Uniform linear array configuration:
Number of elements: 64
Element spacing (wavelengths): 0.75
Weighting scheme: exponential
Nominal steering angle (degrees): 15
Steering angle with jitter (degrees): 16.719
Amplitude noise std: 0.05
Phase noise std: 0.05

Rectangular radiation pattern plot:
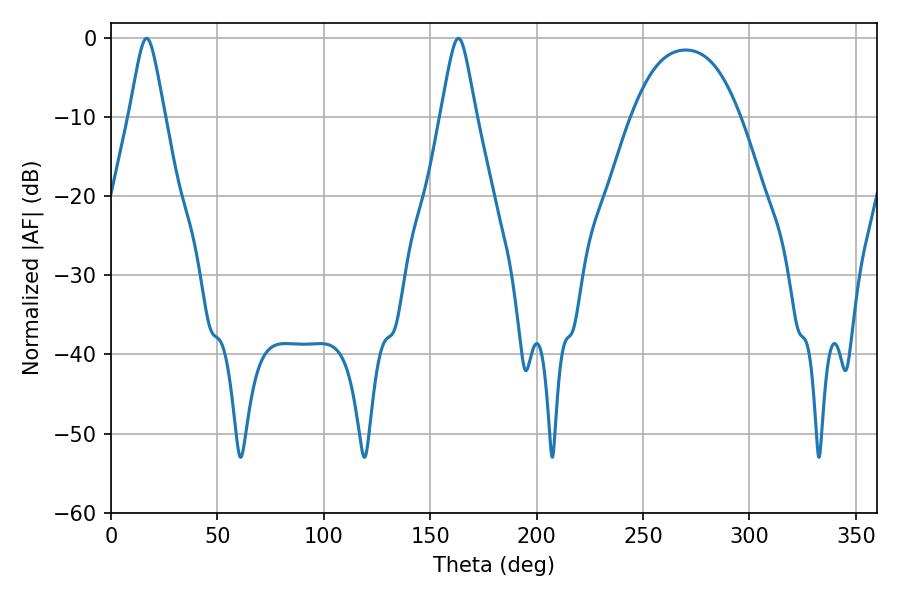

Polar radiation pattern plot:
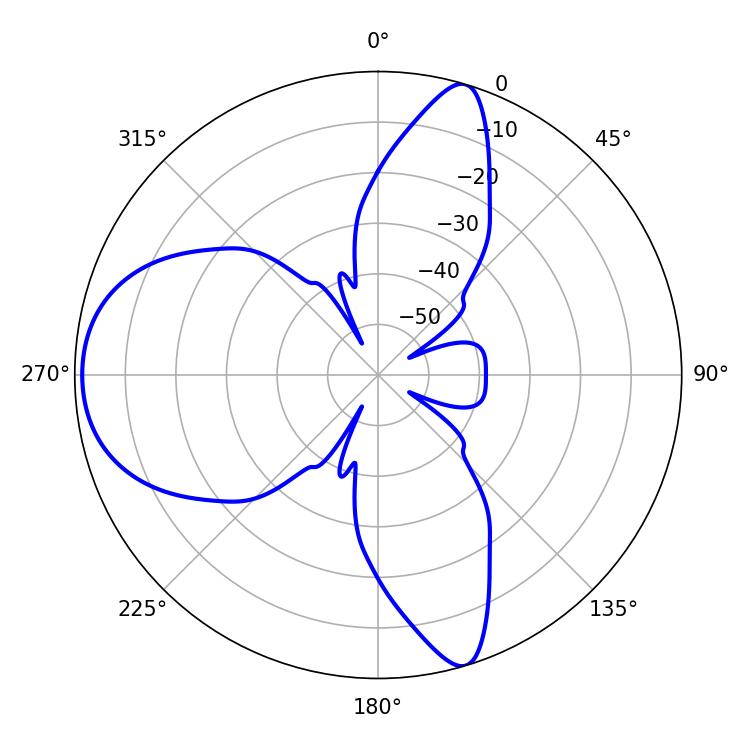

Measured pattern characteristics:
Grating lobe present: TRUE
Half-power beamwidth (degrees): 7.92
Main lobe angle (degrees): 16.74